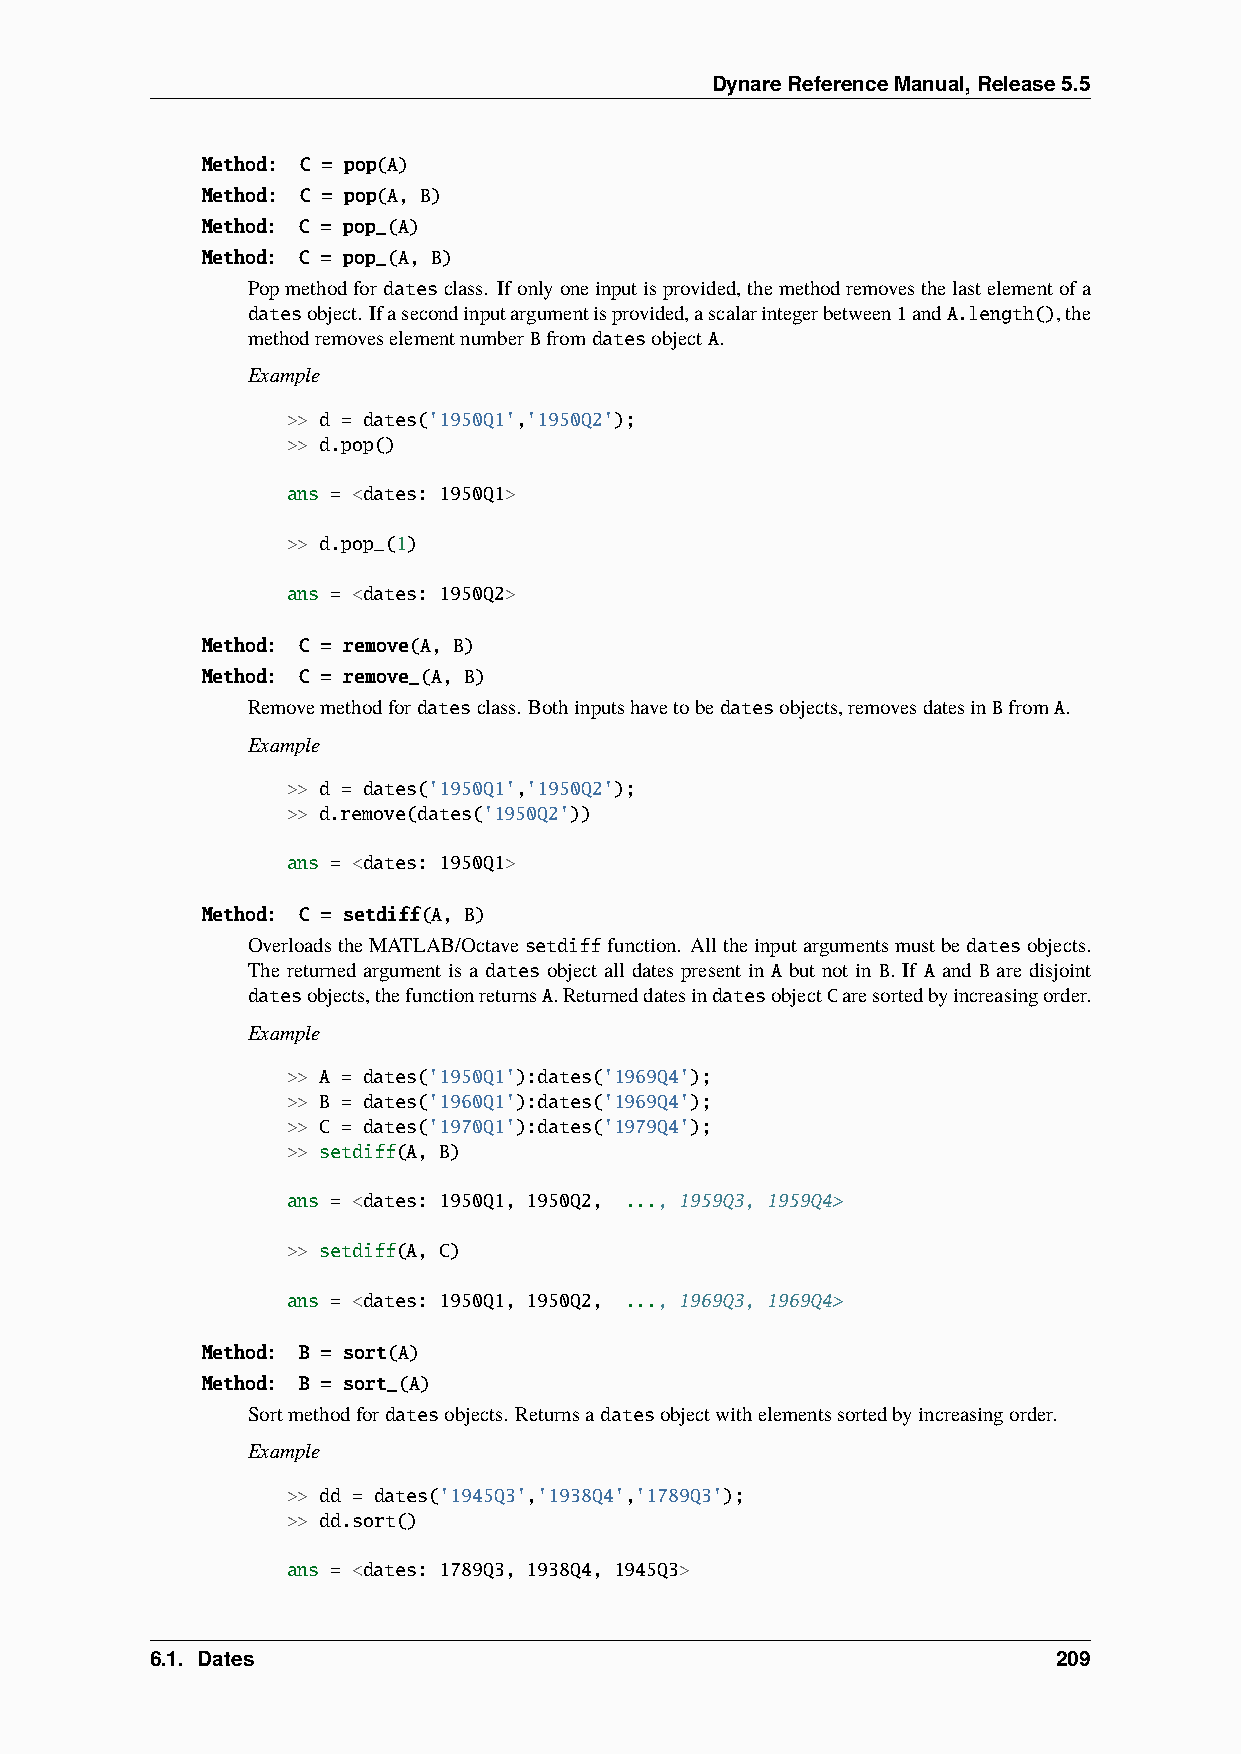
DynareReferenceManual,Release5.5
 Method: C = pop(A)
 Method: C = pop(A, B)
 Method: C = pop_(A)
 Method: C = pop_(A, B)
 Popmethodfor datesclass. Ifonlyoneinputisprovided,themethodremovesthelastelementofa
 datesobject. Ifasecondinputargumentisprovided,ascalarintegerbetween1andA.length(),the
 methodremoveselementnumberBfromdatesobjectA.
 Example
 >> d = dates('1950Q1','1950Q2');
 >> d.pop()
 ans = <dates: 1950Q1>
 >> d.pop_(1)
 ans = <dates: 1950Q2>
 Method: C = remove(A, B)
 Method: C = remove_(A, B)
 Removemethodfordatesclass. Bothinputshavetobedatesobjects,removesdatesinBfromA.
 Example
 >> d = dates('1950Q1','1950Q2');
 >> d.remove(dates('1950Q2'))
 ans = <dates: 1950Q1>
 Method: C = setdiff(A, B)
 OverloadstheMATLAB/Octavesetdifffunction. Alltheinputargumentsmustbedatesobjects.
 The returned argument is a dates object all dates present in A but not in B. If A and B are disjoint
 datesobjects,thefunctionreturnsA.ReturneddatesindatesobjectCaresortedbyincreasingorder.
 Example
 >> A = dates('1950Q1'):dates('1969Q4');
 >> B = dates('1960Q1'):dates('1969Q4');
 >> C = dates('1970Q1'):dates('1979Q4');
 >> setdiff(A, B)
 ans = <dates: 1950Q1, 1950Q2, ..., 1959Q3, 1959Q4>
 >> setdiff(A, C)
 ans = <dates: 1950Q1, 1950Q2, ..., 1969Q3, 1969Q4>
 Method: B = sort(A)
 Method: B = sort_(A)
 Sortmethodfordatesobjects. Returnsadatesobjectwithelementssortedbyincreasingorder.
 Example
 >> dd = dates('1945Q3','1938Q4','1789Q3');
 >> dd.sort()
 ans = <dates: 1789Q3, 1938Q4, 1945Q3>
 6.1. Dates                                                  209